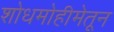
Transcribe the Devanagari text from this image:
शोधमोहीमेतून